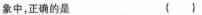
象中，正确的是 （）